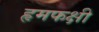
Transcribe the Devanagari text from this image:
हृमफक्षी